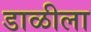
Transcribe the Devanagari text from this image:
डाळीला